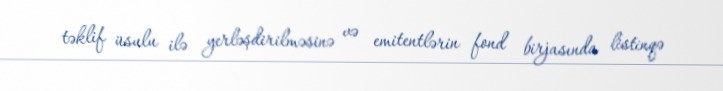
təklif üsulu ilə yerləşdirilməsinə və emitentlərin fond birjasında listinqə